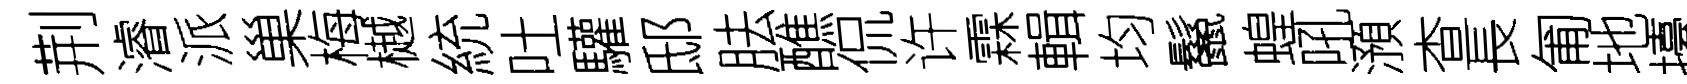
荆濬派巢梅樾統吐驩邸胠醮侃许霖輯均鬣蝗吼澦查長匍地擡